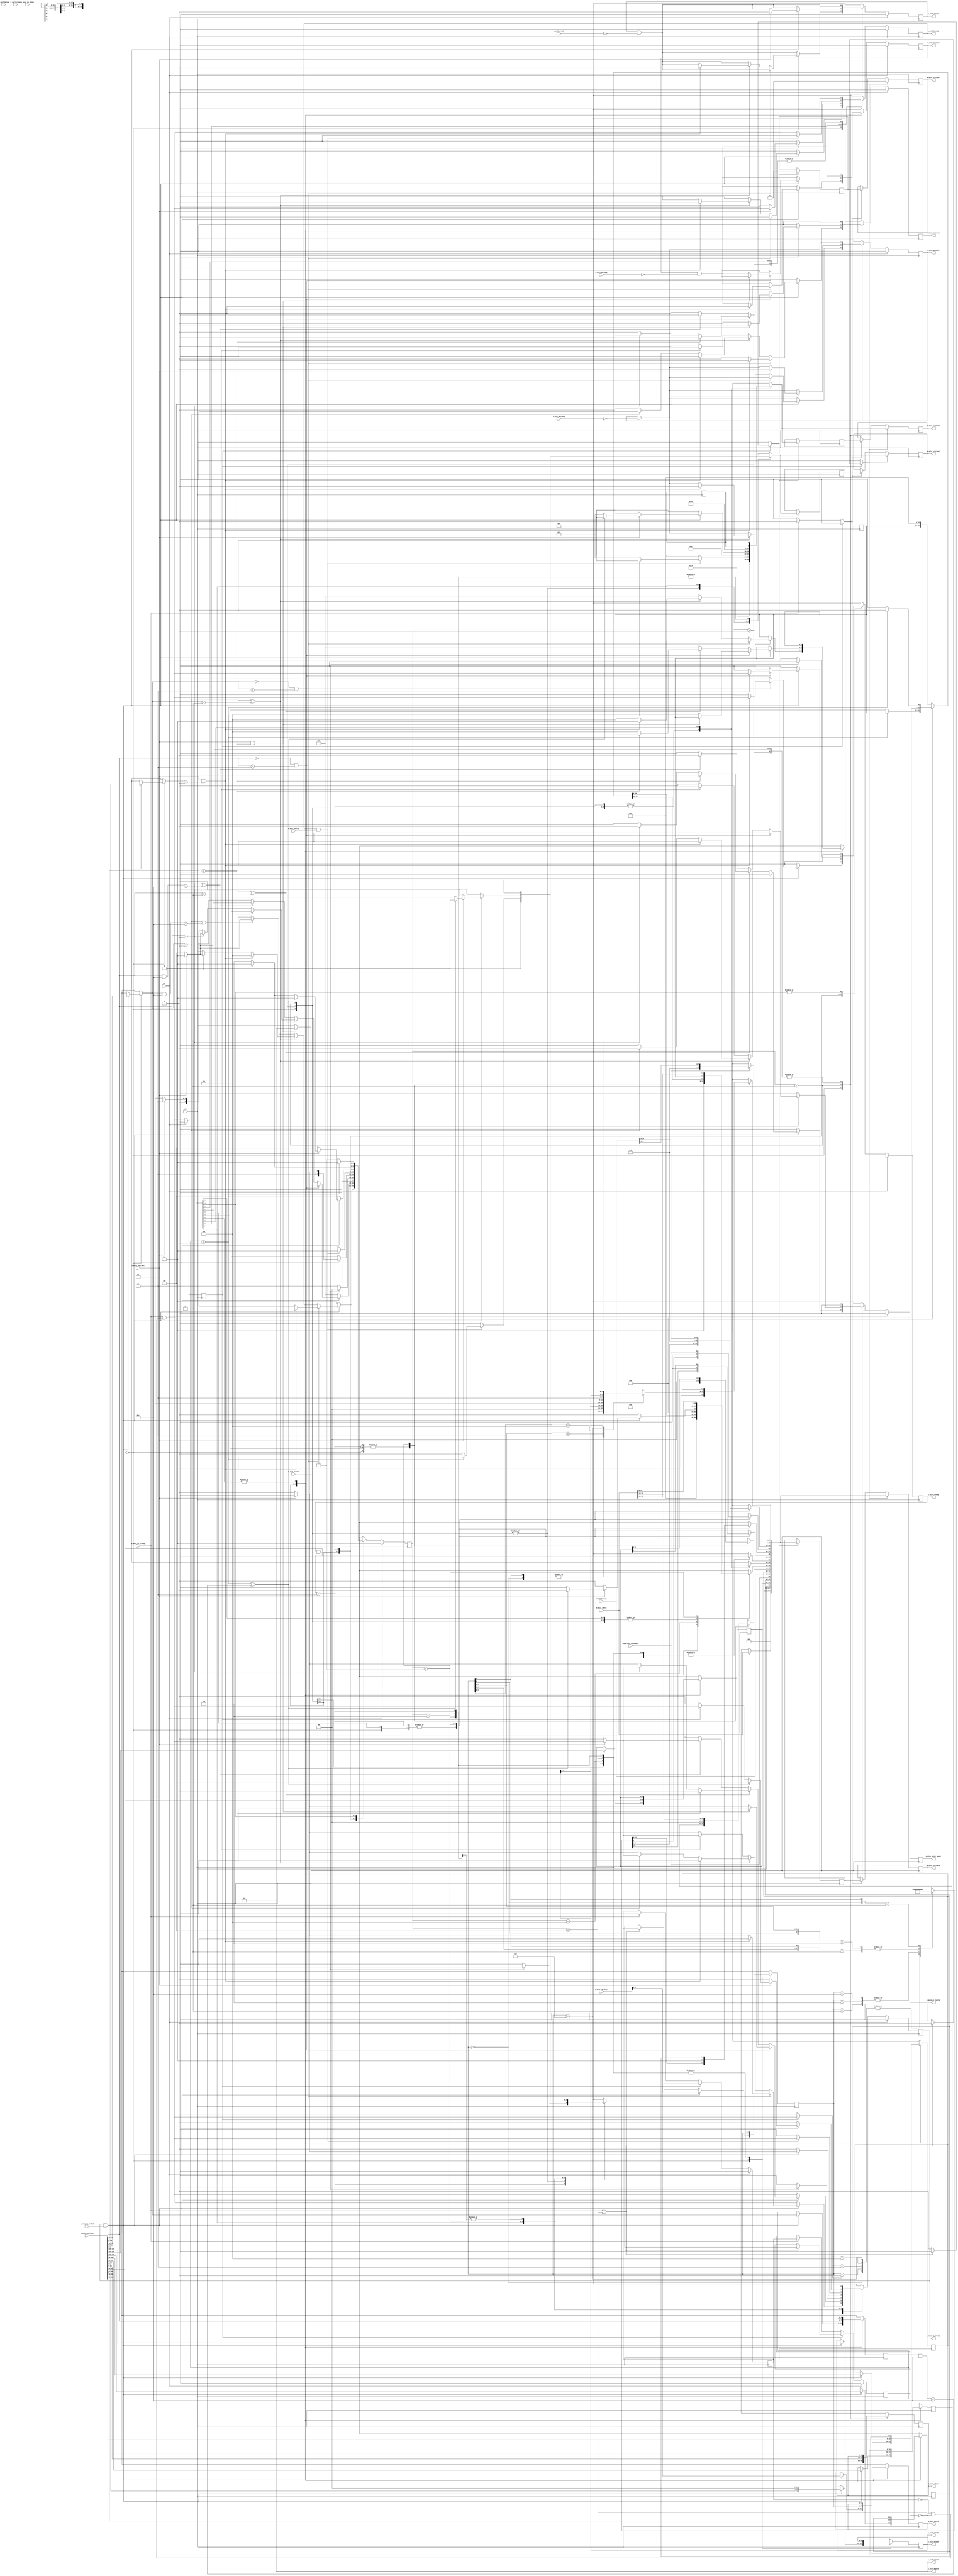
// This program was cloned from: https://github.com/ucsdsysnet/Rosebud
// License: MIT License

/*

Copyright (c) 2018 Alex Forencich

Permission is hereby granted, free of charge, to any person obtaining a copy
of this software and associated documentation files (the "Software"), to deal
in the Software without restriction, including without limitation the rights
to use, copy, modify, merge, publish, distribute, sublicense, and/or sell
copies of the Software, and to permit persons to whom the Software is
furnished to do so, subject to the following conditions:

The above copyright notice and this permission notice shall be included in
all copies or substantial portions of the Software.

THE SOFTWARE IS PROVIDED "AS IS", WITHOUT WARRANTY OF ANY KIND, EXPRESS OR
IMPLIED, INCLUDING BUT NOT LIMITED TO THE WARRANTIES OF MERCHANTABILITY
FITNESS FOR A PARTICULAR PURPOSE AND NONINFRINGEMENT. IN NO EVENT SHALL THE
AUTHORS OR COPYRIGHT HOLDERS BE LIABLE FOR ANY CLAIM, DAMAGES OR OTHER
LIABILITY, WHETHER IN AN ACTION OF CONTRACT, TORT OR OTHERWISE, ARISING FROM,
OUT OF OR IN CONNECTION WITH THE SOFTWARE OR THE USE OR OTHER DEALINGS IN
THE SOFTWARE.

*/

// Language: Verilog 2001

`resetall
`timescale 1ns / 1ps
`default_nettype none

/*
 * Ultrascale PCIe AXI Lite Master
 */
module pcie_us_axil_master #
(
    // Width of PCIe AXI stream interfaces in bits
    parameter AXIS_PCIE_DATA_WIDTH = 256,
    // PCIe AXI stream tkeep signal width (words per cycle)
    parameter AXIS_PCIE_KEEP_WIDTH = (AXIS_PCIE_DATA_WIDTH/32),
    // PCIe AXI stream CQ tuser signal width
    parameter AXIS_PCIE_CQ_USER_WIDTH = AXIS_PCIE_DATA_WIDTH < 512 ? 85 : 183,
    // PCIe AXI stream CC tuser signal width
    parameter AXIS_PCIE_CC_USER_WIDTH = AXIS_PCIE_DATA_WIDTH < 512 ? 33 : 81,
    // Width of AXI lite data bus in bits
    parameter AXI_DATA_WIDTH = 32,
    // Width of AXI lite address bus in bits
    parameter AXI_ADDR_WIDTH = 64,
    // Width of AXI lite wstrb (width of data bus in words)
    parameter AXI_STRB_WIDTH = (AXI_DATA_WIDTH/8),
    // Enable parity
    parameter ENABLE_PARITY = 0
)
(
    input  wire                               clk,
    input  wire                               rst,

    /*
     * AXI input (CQ)
     */
    input  wire [AXIS_PCIE_DATA_WIDTH-1:0]    s_axis_cq_tdata,
    input  wire [AXIS_PCIE_KEEP_WIDTH-1:0]    s_axis_cq_tkeep,
    input  wire                               s_axis_cq_tvalid,
    output wire                               s_axis_cq_tready,
    input  wire                               s_axis_cq_tlast,
    input  wire [AXIS_PCIE_CQ_USER_WIDTH-1:0] s_axis_cq_tuser,

    /*
     * AXI output (CC)
     */
    output wire [AXIS_PCIE_DATA_WIDTH-1:0]    m_axis_cc_tdata,
    output wire [AXIS_PCIE_KEEP_WIDTH-1:0]    m_axis_cc_tkeep,
    output wire                               m_axis_cc_tvalid,
    input  wire                               m_axis_cc_tready,
    output wire                               m_axis_cc_tlast,
    output wire [AXIS_PCIE_CC_USER_WIDTH-1:0] m_axis_cc_tuser,

    /*
     * AXI Lite Master output
     */
    output wire [AXI_ADDR_WIDTH-1:0]          m_axil_awaddr,
    output wire [2:0]                         m_axil_awprot,
    output wire                               m_axil_awvalid,
    input  wire                               m_axil_awready,
    output wire [AXI_DATA_WIDTH-1:0]          m_axil_wdata,
    output wire [AXI_STRB_WIDTH-1:0]          m_axil_wstrb,
    output wire                               m_axil_wvalid,
    input  wire                               m_axil_wready,
    input  wire [1:0]                         m_axil_bresp,
    input  wire                               m_axil_bvalid,
    output wire                               m_axil_bready,
    output wire [AXI_ADDR_WIDTH-1:0]          m_axil_araddr,
    output wire [2:0]                         m_axil_arprot,
    output wire                               m_axil_arvalid,
    input  wire                               m_axil_arready,
    input  wire [AXI_DATA_WIDTH-1:0]          m_axil_rdata,
    input  wire [1:0]                         m_axil_rresp,
    input  wire                               m_axil_rvalid,
    output wire                               m_axil_rready,

    /*
     * Configuration
     */
    input  wire [15:0]                        completer_id,
    input  wire                               completer_id_enable,

    /*
     * Status
     */
    output wire                               status_error_cor,
    output wire                               status_error_uncor
);

// bus width assertions
initial begin
    if (AXIS_PCIE_DATA_WIDTH != 64 && AXIS_PCIE_DATA_WIDTH != 128 && AXIS_PCIE_DATA_WIDTH != 256 && AXIS_PCIE_DATA_WIDTH != 512) begin
        $error("Error: PCIe interface width must be 64, 128, 256, or 512 (instance %m)");
        $finish;
    end

    if (AXIS_PCIE_KEEP_WIDTH * 32 != AXIS_PCIE_DATA_WIDTH) begin
        $error("Error: PCIe interface requires dword (32-bit) granularity (instance %m)");
        $finish;
    end

    if (AXIS_PCIE_DATA_WIDTH == 512) begin
        if (AXIS_PCIE_CQ_USER_WIDTH != 183) begin
            $error("Error: PCIe CQ tuser width must be 183 (instance %m)");
            $finish;
        end

        if (AXIS_PCIE_CC_USER_WIDTH != 81) begin
            $error("Error: PCIe CC tuser width must be 81 (instance %m)");
            $finish;
        end
    end else begin
        if (AXIS_PCIE_CQ_USER_WIDTH != 85 && AXIS_PCIE_CQ_USER_WIDTH != 88) begin
            $error("Error: PCIe CQ tuser width must be 85 or 88 (instance %m)");
            $finish;
        end

        if (AXIS_PCIE_CC_USER_WIDTH != 33) begin
            $error("Error: PCIe CC tuser width must be 33 (instance %m)");
            $finish;
        end
    end

    if (AXI_DATA_WIDTH != 32) begin
        $error("Error: AXI interface width must be 32 (instance %m)");
        $finish;
    end

    if (AXI_STRB_WIDTH * 8 != AXI_DATA_WIDTH) begin
        $error("Error: AXI interface requires byte (8-bit) granularity (instance %m)");
        $finish;
    end
end

localparam [3:0]
    REQ_MEM_READ = 4'b0000,
    REQ_MEM_WRITE = 4'b0001,
    REQ_IO_READ = 4'b0010,
    REQ_IO_WRITE = 4'b0011,
    REQ_MEM_FETCH_ADD = 4'b0100,
    REQ_MEM_SWAP = 4'b0101,
    REQ_MEM_CAS = 4'b0110,
    REQ_MEM_READ_LOCKED = 4'b0111,
    REQ_CFG_READ_0 = 4'b1000,
    REQ_CFG_READ_1 = 4'b1001,
    REQ_CFG_WRITE_0 = 4'b1010,
    REQ_CFG_WRITE_1 = 4'b1011,
    REQ_MSG = 4'b1100,
    REQ_MSG_VENDOR = 4'b1101,
    REQ_MSG_ATS = 4'b1110;

localparam [2:0]
    CPL_STATUS_SC  = 3'b000, // successful completion
    CPL_STATUS_UR  = 3'b001, // unsupported request
    CPL_STATUS_CRS = 3'b010, // configuration request retry status
    CPL_STATUS_CA  = 3'b100; // completer abort

localparam [2:0]
    STATE_IDLE = 3'd0,
    STATE_HEADER = 3'd1,
    STATE_READ = 3'd2,
    STATE_WRITE_1 = 3'd3,
    STATE_WRITE_2 = 3'd4,
    STATE_WAIT_END = 3'd5,
    STATE_CPL_1 = 3'd6,
    STATE_CPL_2 = 3'd7;

reg [2:0] state_reg = STATE_IDLE, state_next;

reg [10:0] dword_count_reg = 11'd0, dword_count_next;
reg [3:0] type_reg = 4'd0, type_next;
reg [2:0] status_reg = 3'b000, status_next;
reg [15:0] requester_id_reg = 16'd0, requester_id_next;
reg [7:0] tag_reg = 7'd0, tag_next;
reg [2:0] tc_reg = 3'd0, tc_next;
reg [2:0] attr_reg = 3'd0, attr_next;
reg [3:0] first_be_reg = 4'd0, first_be_next;
reg [3:0] last_be_reg = 4'd0, last_be_next;
reg cpl_data_reg = 1'b0, cpl_data_next;

reg s_axis_cq_tready_reg = 1'b0, s_axis_cq_tready_next;

reg [AXI_ADDR_WIDTH-1:0] m_axil_addr_reg = {AXI_ADDR_WIDTH{1'b0}}, m_axil_addr_next;
reg m_axil_awvalid_reg = 1'b0, m_axil_awvalid_next;
reg [AXI_DATA_WIDTH-1:0] m_axil_wdata_reg = {AXI_DATA_WIDTH{1'b0}}, m_axil_wdata_next;
reg [AXI_STRB_WIDTH-1:0] m_axil_wstrb_reg = {AXI_STRB_WIDTH{1'b0}}, m_axil_wstrb_next;
reg m_axil_wvalid_reg = 1'b0, m_axil_wvalid_next;
reg m_axil_bready_reg = 1'b0, m_axil_bready_next;
reg m_axil_arvalid_reg = 1'b0, m_axil_arvalid_next;
reg m_axil_rready_reg = 1'b0, m_axil_rready_next;

reg status_error_cor_reg = 1'b0, status_error_cor_next;
reg status_error_uncor_reg = 1'b0, status_error_uncor_next;

// internal datapath
reg  [AXIS_PCIE_DATA_WIDTH-1:0]    m_axis_cc_tdata_int;
reg  [AXIS_PCIE_KEEP_WIDTH-1:0]    m_axis_cc_tkeep_int;
reg                                m_axis_cc_tvalid_int;
reg                                m_axis_cc_tready_int_reg = 1'b0;
reg                                m_axis_cc_tlast_int;
reg  [AXIS_PCIE_CC_USER_WIDTH-1:0] m_axis_cc_tuser_int;
wire                               m_axis_cc_tready_int_early;

assign s_axis_cq_tready = s_axis_cq_tready_reg;

assign m_axil_awaddr = m_axil_addr_reg;
assign m_axil_awprot = 3'b010;
assign m_axil_awvalid = m_axil_awvalid_reg;
assign m_axil_wdata = m_axil_wdata_reg;
assign m_axil_wstrb = m_axil_wstrb_reg;
assign m_axil_wvalid = m_axil_wvalid_reg;
assign m_axil_bready = m_axil_bready_reg;
assign m_axil_araddr = m_axil_addr_reg;
assign m_axil_arprot = 3'b010;
assign m_axil_arvalid = m_axil_arvalid_reg;
assign m_axil_rready = m_axil_rready_reg;

assign status_error_cor = status_error_cor_reg;
assign status_error_uncor = status_error_uncor_reg;

always @* begin
    state_next = STATE_IDLE;

    s_axis_cq_tready_next = 1'b0;

    dword_count_next = dword_count_reg;
    type_next = type_reg;
    status_next = status_reg;
    requester_id_next = requester_id_reg;
    tag_next = tag_reg;
    tc_next = tc_reg;
    attr_next = attr_reg;
    first_be_next = first_be_reg;
    last_be_next = last_be_reg;
    cpl_data_next = cpl_data_reg;

    m_axis_cc_tdata_int = {AXIS_PCIE_DATA_WIDTH{1'b0}};
    m_axis_cc_tkeep_int = {AXIS_PCIE_KEEP_WIDTH{1'b0}};
    m_axis_cc_tvalid_int = 1'b0;
    m_axis_cc_tlast_int = 1'b0;
    m_axis_cc_tuser_int = {AXIS_PCIE_CC_USER_WIDTH{1'b0}};

    casez (first_be_reg)
        4'b0000: m_axis_cc_tdata_int[6:0] = {m_axil_addr_reg[6:2], 2'b00}; // lower address
        4'bzzz1: m_axis_cc_tdata_int[6:0] = {m_axil_addr_reg[6:2], 2'b00}; // lower address
        4'bzz10: m_axis_cc_tdata_int[6:0] = {m_axil_addr_reg[6:2], 2'b01}; // lower address
        4'bz100: m_axis_cc_tdata_int[6:0] = {m_axil_addr_reg[6:2], 2'b10}; // lower address
        4'b1000: m_axis_cc_tdata_int[6:0] = {m_axil_addr_reg[6:2], 2'b11}; // lower address
    endcase
    m_axis_cc_tdata_int[9:8] = 2'b00; // AT
    casez (first_be_reg)
        4'b0000: m_axis_cc_tdata_int[28:16] = 13'd1; // Byte count
        4'b0001: m_axis_cc_tdata_int[28:16] = 13'd1; // Byte count
        4'b0010: m_axis_cc_tdata_int[28:16] = 13'd1; // Byte count
        4'b0100: m_axis_cc_tdata_int[28:16] = 13'd1; // Byte count
        4'b1000: m_axis_cc_tdata_int[28:16] = 13'd1; // Byte count
        4'b0011: m_axis_cc_tdata_int[28:16] = 13'd2; // Byte count
        4'b0110: m_axis_cc_tdata_int[28:16] = 13'd2; // Byte count
        4'b1100: m_axis_cc_tdata_int[28:16] = 13'd2; // Byte count
        4'b01z1: m_axis_cc_tdata_int[28:16] = 13'd3; // Byte count
        4'b1z10: m_axis_cc_tdata_int[28:16] = 13'd3; // Byte count
        4'b1zz1: m_axis_cc_tdata_int[28:16] = 13'd4; // Byte count
    endcase
    m_axis_cc_tdata_int[42:32] = 11'd1; // DWORD count
    m_axis_cc_tdata_int[45:43] = status_reg;
    m_axis_cc_tdata_int[63:48] = requester_id_reg;
    if (AXIS_PCIE_DATA_WIDTH > 64) begin
        m_axis_cc_tdata_int[71:64] = tag_reg;
        m_axis_cc_tdata_int[87:72] = completer_id;
        m_axis_cc_tdata_int[88] = completer_id_enable;
        m_axis_cc_tdata_int[91:89] = tc_reg;
        m_axis_cc_tdata_int[94:92] = attr_reg;
        m_axis_cc_tdata_int[95] = 1'b0; // force ECRC
        m_axis_cc_tdata_int[127:96] = m_axil_rdata;
    end

    if (AXIS_PCIE_DATA_WIDTH == 512) begin
        m_axis_cc_tuser_int[1:0] = 2'b01; // is_sop
        m_axis_cc_tuser_int[3:2] = 2'd0; // is_sop0_ptr
        m_axis_cc_tuser_int[5:4] = 2'd0; // is_sop1_ptr
        m_axis_cc_tuser_int[7:6] = 2'b01; // is_eop
        m_axis_cc_tuser_int[11:8]  = 4'd3; // is_eop0_ptr
        m_axis_cc_tuser_int[15:12] = 4'd0; // is_eop1_ptr
        m_axis_cc_tuser_int[16] = 1'b0; // discontinue
        m_axis_cc_tuser_int[80:17] = 64'd0; // parity
    end else begin
        m_axis_cc_tuser_int[0] = 1'b0; // discontinue
        m_axis_cc_tuser_int[32:1] = 32'd0; // parity
    end

    if (AXIS_PCIE_DATA_WIDTH == 512) begin
        m_axis_cc_tkeep_int = 16'b0000000000001111;
    end else if (AXIS_PCIE_DATA_WIDTH == 256) begin
        m_axis_cc_tkeep_int = 8'b00001111;
    end else if (AXIS_PCIE_DATA_WIDTH == 128) begin
        m_axis_cc_tkeep_int = 4'b1111;
    end else if (AXIS_PCIE_DATA_WIDTH == 64) begin
        m_axis_cc_tkeep_int = 2'b11;
    end

    m_axil_addr_next = m_axil_addr_reg;
    m_axil_awvalid_next = m_axil_awvalid_reg && !m_axil_awready;
    m_axil_wdata_next = m_axil_wdata_reg;
    m_axil_wstrb_next = m_axil_wstrb_reg;
    m_axil_wvalid_next = m_axil_wvalid_reg && !m_axil_wready;
    m_axil_bready_next = 1'b0;
    m_axil_arvalid_next = m_axil_arvalid_reg && !m_axil_arready;
    m_axil_rready_next = 1'b0;

    status_error_cor_next = 1'b0;
    status_error_uncor_next = 1'b0;

    case (state_reg)
        STATE_IDLE: begin
            // idle state, wait for completion request
            s_axis_cq_tready_next = m_axis_cc_tready_int_early;

            if (s_axis_cq_tready && s_axis_cq_tvalid) begin
                // header fields
                m_axil_addr_next = {s_axis_cq_tdata[63:2], 2'b00};
                if (AXIS_PCIE_DATA_WIDTH > 64) begin
                    dword_count_next = s_axis_cq_tdata[74:64];
                    type_next = s_axis_cq_tdata[78:75];
                    requester_id_next = s_axis_cq_tdata[95:80];
                    tag_next = s_axis_cq_tdata[103:96];
                    tc_next = s_axis_cq_tdata[123:121];
                    attr_next = s_axis_cq_tdata[126:124];

                    // data
                    if (AXIS_PCIE_DATA_WIDTH >= 256) begin
                        m_axil_wdata_next = s_axis_cq_tdata[159:128];
                    end
                end

                // tuser fields
                if (AXIS_PCIE_DATA_WIDTH == 512) begin
                    first_be_next = s_axis_cq_tuser[3:0];
                    last_be_next = s_axis_cq_tuser[11:8];
                end else begin
                    first_be_next = s_axis_cq_tuser[3:0];
                    last_be_next = s_axis_cq_tuser[7:4];
                end

                m_axil_wstrb_next = first_be_next;

                status_next = CPL_STATUS_SC; // successful completion

                if (AXIS_PCIE_DATA_WIDTH == 64) begin
                    if (s_axis_cq_tlast) begin
                        // truncated packet
                        // report uncorrectable error
                        status_error_uncor_next = 1'b1;
                        state_next = STATE_IDLE;
                    end else begin
                        state_next = STATE_HEADER;
                    end
                end else begin
                    if (type_next == REQ_MEM_READ || type_next == REQ_IO_READ) begin
                        // read request
                        if (s_axis_cq_tlast && dword_count_next == 11'd1) begin
                            m_axil_arvalid_next = 1'b1;
                            m_axil_rready_next = m_axis_cc_tready_int_early;
                            s_axis_cq_tready_next = 1'b0;
                            state_next = STATE_READ;
                        end else begin
                            // bad length
                            status_next = CPL_STATUS_CA; // completer abort
                            // report correctable error
                            status_error_cor_next = 1'b1;
                            if (s_axis_cq_tlast) begin
                                s_axis_cq_tready_next = 1'b0;
                                state_next = STATE_CPL_1;
                            end else begin
                                s_axis_cq_tready_next = 1'b1;
                                state_next = STATE_WAIT_END;
                            end
                        end
                    end else if (type_next == REQ_MEM_WRITE || type_next == REQ_IO_WRITE) begin
                        // write request
                        if (AXIS_PCIE_DATA_WIDTH >= 256 && s_axis_cq_tlast && dword_count_next == 11'd1) begin
                            m_axil_awvalid_next = 1'b1;
                            m_axil_wvalid_next = 1'b1;
                            m_axil_bready_next = 1'b1;
                            s_axis_cq_tready_next = 1'b0;
                            state_next = STATE_WRITE_2;
                        end else if (AXIS_PCIE_DATA_WIDTH < 256 && dword_count_next == 11'd1) begin
                            s_axis_cq_tready_next = 1'b1;
                            state_next = STATE_WRITE_1;
                        end else begin
                            // bad length
                            status_next = CPL_STATUS_CA; // completer abort
                            if (type_next == REQ_MEM_WRITE) begin
                                // memory write - posted, no completion
                                // report uncorrectable error
                                status_error_uncor_next = 1'b1;
                                if (s_axis_cq_tlast) begin
                                    s_axis_cq_tready_next = m_axis_cc_tready_int_early;
                                    state_next = STATE_IDLE;
                                end else begin
                                    s_axis_cq_tready_next = 1'b1;
                                    state_next = STATE_WAIT_END;
                                end
                            end else begin
                                // IO write - non-posted, send completion
                                // report correctable error
                                status_error_cor_next = 1'b1;
                                if (s_axis_cq_tlast) begin
                                    s_axis_cq_tready_next = 1'b0;
                                    state_next = STATE_CPL_1;
                                end else begin
                                    s_axis_cq_tready_next = 1'b1;
                                    state_next = STATE_WAIT_END;
                                end
                            end
                        end
                    end else begin
                        // other request
                        status_next = CPL_STATUS_UR; // unsupported request
                        if (type_next == REQ_MEM_WRITE || (type_next & 4'b1100) == 4'b1100) begin
                            // memory write or message - posted, no completion
                            // report uncorrectable error
                            status_error_uncor_next = 1'b1;
                            if (s_axis_cq_tlast) begin
                                s_axis_cq_tready_next = m_axis_cc_tready_int_early;
                                state_next = STATE_IDLE;
                            end else begin
                                s_axis_cq_tready_next = 1'b1;
                                state_next = STATE_WAIT_END;
                            end
                        end else begin
                            // other non-posted request, send UR completion
                            // report correctable error
                            status_error_cor_next = 1'b1;
                            if (s_axis_cq_tlast) begin
                                s_axis_cq_tready_next = 1'b0;
                                state_next = STATE_CPL_1;
                            end else begin
                                s_axis_cq_tready_next = 1'b1;
                                state_next = STATE_WAIT_END;
                            end
                        end
                    end
                end
            end else begin
                state_next = STATE_IDLE;
            end
        end
        STATE_HEADER: begin
            // header state, handle header (64 bit interface only)
            s_axis_cq_tready_next = m_axis_cc_tready_int_early;

            // header fields
            dword_count_next = s_axis_cq_tdata[10:0];
            type_next = s_axis_cq_tdata[14:11];
            requester_id_next = s_axis_cq_tdata[31:16];
            tag_next = s_axis_cq_tdata[39:32];
            tc_next = s_axis_cq_tdata[59:57];
            attr_next = s_axis_cq_tdata[62:60];

            // data
            m_axil_wstrb_next = first_be_reg;

            if (s_axis_cq_tready && s_axis_cq_tvalid) begin
                if (type_next == REQ_MEM_READ || type_next == REQ_IO_READ) begin
                    // read request
                    if (s_axis_cq_tlast && dword_count_next == 11'd1) begin
                        m_axil_arvalid_next = 1'b1;
                        m_axil_rready_next = m_axis_cc_tready_int_early;
                        s_axis_cq_tready_next = 1'b0;
                        state_next = STATE_READ;
                    end else begin
                        // bad length
                        status_next = CPL_STATUS_CA; // completer abort
                        // report correctable error
                        status_error_cor_next = 1'b1;
                        if (s_axis_cq_tlast) begin
                            s_axis_cq_tready_next = 1'b0;
                            state_next = STATE_CPL_1;
                        end else begin
                            s_axis_cq_tready_next = 1'b1;
                            state_next = STATE_WAIT_END;
                        end
                    end
                end else if (type_next == REQ_MEM_WRITE || type_next == REQ_IO_WRITE) begin
                    // write request
                    if (dword_count_next == 11'd1) begin
                        s_axis_cq_tready_next = 1'b1;
                        state_next = STATE_WRITE_1;
                    end else begin
                        // bad length
                        status_next = CPL_STATUS_CA; // completer abort
                        if (type_next == REQ_MEM_WRITE) begin
                            // memory write - posted, no completion
                            // report uncorrectable error
                            status_error_uncor_next = 1'b1;
                            if (s_axis_cq_tlast) begin
                                s_axis_cq_tready_next = m_axis_cc_tready_int_early;
                                state_next = STATE_IDLE;
                            end else begin
                                s_axis_cq_tready_next = 1'b1;
                                state_next = STATE_WAIT_END;
                            end
                        end else begin
                            // other non-posted request, send UR completion
                            // report correctable error
                            status_error_cor_next = 1'b1;
                            if (s_axis_cq_tlast) begin
                                s_axis_cq_tready_next = 1'b0;
                                state_next = STATE_CPL_1;
                            end else begin
                                s_axis_cq_tready_next = 1'b1;
                                state_next = STATE_WAIT_END;
                            end
                        end
                    end
                end else begin
                    // other request
                    status_next = CPL_STATUS_UR; // unsupported request
                    if (type_next == REQ_MEM_WRITE || (type_next & 4'b1100) == 4'b1100) begin
                        // memory write or message - posted, no completion
                        // report uncorrectable error
                        status_error_uncor_next = 1'b1;
                        if (s_axis_cq_tlast) begin
                            s_axis_cq_tready_next = m_axis_cc_tready_int_early;
                            state_next = STATE_IDLE;
                        end else begin
                            s_axis_cq_tready_next = 1'b1;
                            state_next = STATE_WAIT_END;
                        end
                    end else begin
                        // other non-posted request, send UR completion
                        // report correctable error
                        status_error_cor_next = 1'b1;
                        if (s_axis_cq_tlast) begin
                            s_axis_cq_tready_next = 1'b0;
                            state_next = STATE_CPL_1;
                        end else begin
                            s_axis_cq_tready_next = 1'b1;
                            state_next = STATE_WAIT_END;
                        end
                    end
                end
            end else begin
                state_next = STATE_HEADER;
            end
        end
        STATE_READ: begin
            // read state, wait for read response
            m_axil_rready_next = m_axis_cc_tready_int_early;

            m_axis_cc_tdata_int[42:32] = 11'd1; // DWORD count
            m_axis_cc_tdata_int[45:43] = CPL_STATUS_SC; // status: successful completion
            m_axis_cc_tdata_int[127:96] = m_axil_rdata;

            if (AXIS_PCIE_DATA_WIDTH == 512) begin
                m_axis_cc_tuser_int[7:6] = 2'b01; // is_eop
                m_axis_cc_tuser_int[11:8]  = 4'd3; // is_eop0_ptr
                m_axis_cc_tuser_int[15:12] = 4'd0; // is_eop1_ptr
            end

            if (AXIS_PCIE_DATA_WIDTH == 512) begin
                m_axis_cc_tkeep_int = 16'b0000000000001111;
                m_axis_cc_tlast_int = 1'b1;
            end else if (AXIS_PCIE_DATA_WIDTH == 256) begin
                m_axis_cc_tkeep_int = 8'b00001111;
                m_axis_cc_tlast_int = 1'b1;
            end else if (AXIS_PCIE_DATA_WIDTH == 128) begin
                m_axis_cc_tkeep_int = 4'b1111;
                m_axis_cc_tlast_int = 1'b1;
            end else if (AXIS_PCIE_DATA_WIDTH == 64) begin
                m_axis_cc_tkeep_int = 2'b11;
                m_axis_cc_tlast_int = 1'b0;
            end

            if (m_axil_rready && m_axil_rvalid) begin
                // send completion
                m_axis_cc_tvalid_int = 1'b1;

                m_axil_rready_next = 1'b0;
                if (AXIS_PCIE_DATA_WIDTH == 64) begin
                    cpl_data_next = 1'b1;
                    state_next = STATE_CPL_2;
                end else begin
                    s_axis_cq_tready_next = m_axis_cc_tready_int_early;
                    state_next = STATE_IDLE;
                end
            end else begin
                state_next = STATE_READ;
            end
        end
        STATE_WRITE_1: begin
            // write 1 state, store write data and initiate write
            s_axis_cq_tready_next = 1'b1;

            // data
            m_axil_wdata_next = s_axis_cq_tdata[31:0];

            if (s_axis_cq_tready && s_axis_cq_tvalid) begin
                if (s_axis_cq_tlast) begin
                    m_axil_awvalid_next = 1'b1;
                    m_axil_wvalid_next = 1'b1;
                    m_axil_bready_next = m_axis_cc_tready_int_early;
                    s_axis_cq_tready_next = 1'b0;
                    state_next = STATE_WRITE_2;
                end else begin
                    s_axis_cq_tready_next = 1'b1;
                    state_next = STATE_WAIT_END;
                end
            end else begin
                state_next = STATE_WRITE_1;
            end
        end
        STATE_WRITE_2: begin
            // write 2 state, handle write response
            m_axil_bready_next = m_axis_cc_tready_int_early;

            if (m_axil_bready && m_axil_bvalid) begin
                m_axil_bready_next = 1'b0;
                if (type_reg == REQ_MEM_WRITE) begin
                    // memory write - posted, no completion
                    s_axis_cq_tready_next = m_axis_cc_tready_int_early;
                    state_next = STATE_IDLE;
                end else begin
                    // IO write - non-posted, send completion
                    m_axis_cc_tvalid_int = 1'b1;
                    m_axis_cc_tdata_int[42:32] = 11'd0; // DWORD count
                    m_axis_cc_tdata_int[45:43] = CPL_STATUS_SC; // status: successful completion

                    if (AXIS_PCIE_DATA_WIDTH == 512) begin
                        m_axis_cc_tuser_int[7:6] = 2'b01; // is_eop
                        m_axis_cc_tuser_int[11:8]  = 4'd2; // is_eop0_ptr
                        m_axis_cc_tuser_int[15:12] = 4'd0; // is_eop1_ptr
                    end

                    if (AXIS_PCIE_DATA_WIDTH == 512) begin
                        m_axis_cc_tkeep_int = 16'b0000000000000111;
                        m_axis_cc_tlast_int = 1'b1;
                    end else if (AXIS_PCIE_DATA_WIDTH == 256) begin
                        m_axis_cc_tkeep_int = 8'b00000111;
                        m_axis_cc_tlast_int = 1'b1;
                    end else if (AXIS_PCIE_DATA_WIDTH == 128) begin
                        m_axis_cc_tkeep_int = 4'b0111;
                        m_axis_cc_tlast_int = 1'b1;
                    end else if (AXIS_PCIE_DATA_WIDTH == 64) begin
                        m_axis_cc_tkeep_int = 2'b11;
                        m_axis_cc_tlast_int = 1'b0;
                    end

                    if (AXIS_PCIE_DATA_WIDTH == 64) begin
                        cpl_data_next = 1'b0;
                        state_next = STATE_CPL_2;
                    end else begin
                        s_axis_cq_tready_next = m_axis_cc_tready_int_early;
                        state_next = STATE_IDLE;
                    end
                end
            end else begin
                state_next = STATE_WRITE_2;
            end
        end
        STATE_WAIT_END: begin
            // wait end state, wait for end of completion request
            s_axis_cq_tready_next = 1'b1;

            if (s_axis_cq_tready && s_axis_cq_tvalid) begin
                if (s_axis_cq_tlast) begin
                    // completion
                    if (type_reg == REQ_MEM_WRITE || (type_reg & 4'b1100) == 4'b1100) begin
                        // memory write or message - posted, no completion
                        s_axis_cq_tready_next = m_axis_cc_tready_int_early;
                        state_next = STATE_IDLE;
                    end else begin
                        // IO write - non-posted, send completion
                        m_axis_cc_tvalid_int = 1'b1;
                        m_axis_cc_tdata_int[42:32] = 11'd0; // DWORD count

                        if (AXIS_PCIE_DATA_WIDTH == 512) begin
                            m_axis_cc_tuser_int[7:6] = 2'b01; // is_eop
                            m_axis_cc_tuser_int[11:8]  = 4'd2; // is_eop0_ptr
                            m_axis_cc_tuser_int[15:12] = 4'd0; // is_eop1_ptr
                        end

                        if (AXIS_PCIE_DATA_WIDTH == 512) begin
                            m_axis_cc_tkeep_int = 16'b0000000000000111;
                            m_axis_cc_tlast_int = 1'b1;
                        end else if (AXIS_PCIE_DATA_WIDTH == 256) begin
                            m_axis_cc_tkeep_int = 8'b00000111;
                            m_axis_cc_tlast_int = 1'b1;
                        end else if (AXIS_PCIE_DATA_WIDTH == 128) begin
                            m_axis_cc_tkeep_int = 4'b0111;
                            m_axis_cc_tlast_int = 1'b1;
                        end else if (AXIS_PCIE_DATA_WIDTH == 64) begin
                            m_axis_cc_tkeep_int = 2'b11;
                            m_axis_cc_tlast_int = 1'b0;
                        end

                        if (m_axis_cc_tready_int_reg) begin
                            if (AXIS_PCIE_DATA_WIDTH == 64) begin
                                cpl_data_next = 1'b0;
                                state_next = STATE_CPL_2;
                            end else begin
                                s_axis_cq_tready_next = m_axis_cc_tready_int_early;
                                state_next = STATE_IDLE;
                            end
                        end else begin
                            state_next = STATE_CPL_1;
                        end
                    end
                end else begin
                    state_next = STATE_WAIT_END;
                end
            end else begin
                state_next = STATE_WAIT_END;
            end
        end
        STATE_CPL_1: begin
            // send completion
            m_axis_cc_tvalid_int = 1'b1;
            m_axis_cc_tdata_int[28:16] = 13'd0; // byte count
            m_axis_cc_tdata_int[42:32] = 11'd0; // DWORD count
            m_axis_cc_tdata_int[45:43] = status_reg;

            if (AXIS_PCIE_DATA_WIDTH == 512) begin
                m_axis_cc_tuser_int[7:6] = 2'b01; // is_eop
                m_axis_cc_tuser_int[11:8]  = 4'd2; // is_eop0_ptr
                m_axis_cc_tuser_int[15:12] = 4'd0; // is_eop1_ptr
            end

            if (AXIS_PCIE_DATA_WIDTH == 512) begin
                m_axis_cc_tkeep_int = 16'b0000000000000111;
                m_axis_cc_tlast_int = 1'b1;
            end else if (AXIS_PCIE_DATA_WIDTH == 256) begin
                m_axis_cc_tkeep_int = 8'b00000111;
                m_axis_cc_tlast_int = 1'b1;
            end else if (AXIS_PCIE_DATA_WIDTH == 128) begin
                m_axis_cc_tkeep_int = 4'b0111;
                m_axis_cc_tlast_int = 1'b1;
            end else if (AXIS_PCIE_DATA_WIDTH == 64) begin
                m_axis_cc_tkeep_int = 2'b11;
                m_axis_cc_tlast_int = 1'b0;
            end

            if (m_axis_cc_tready_int_reg) begin
                if (AXIS_PCIE_DATA_WIDTH == 64) begin
                    cpl_data_next = 1'b0;
                    state_next = STATE_CPL_2;
                end else begin
                    s_axis_cq_tready_next = m_axis_cc_tready_int_early;
                    state_next = STATE_IDLE;
                end
            end else begin
                state_next = STATE_CPL_1;
            end
        end
        STATE_CPL_2: begin
            // send rest of completion
            m_axis_cc_tvalid_int = 1'b1;
            m_axis_cc_tdata_int[7:0] = tag_reg;
            m_axis_cc_tdata_int[23:8] = completer_id;
            m_axis_cc_tdata_int[24] = completer_id_enable;
            m_axis_cc_tdata_int[27:25] = tc_reg;
            m_axis_cc_tdata_int[30:28] = attr_reg;
            m_axis_cc_tdata_int[31] = 1'b0; // force ECRC
            m_axis_cc_tdata_int[63:32] = m_axil_rdata;
            m_axis_cc_tkeep_int = {cpl_data_reg, 1'b1};
            m_axis_cc_tlast_int = 1'b1;

            if (m_axis_cc_tready_int_reg) begin
                s_axis_cq_tready_next = m_axis_cc_tready_int_early;
                state_next = STATE_IDLE;
            end else begin
                state_next = STATE_CPL_2;
            end
        end
    endcase
end

always @(posedge clk) begin
    if (rst) begin
        state_reg <= STATE_IDLE;
        s_axis_cq_tready_reg <= 1'b0;

        m_axil_awvalid_reg <= 1'b0;
        m_axil_wvalid_reg <= 1'b0;
        m_axil_bready_reg <= 1'b0;
        m_axil_arvalid_reg <= 1'b0;
        m_axil_rready_reg <= 1'b0;

        status_error_cor_reg <= 1'b0;
        status_error_uncor_reg <= 1'b0;
    end else begin
        state_reg <= state_next;
        s_axis_cq_tready_reg <= s_axis_cq_tready_next;

        m_axil_awvalid_reg <= m_axil_awvalid_next;
        m_axil_wvalid_reg <= m_axil_wvalid_next;
        m_axil_bready_reg <= m_axil_bready_next;
        m_axil_arvalid_reg <= m_axil_arvalid_next;
        m_axil_rready_reg <= m_axil_rready_next;

        status_error_cor_reg <= status_error_cor_next;
        status_error_uncor_reg <= status_error_uncor_next;
    end

    dword_count_reg <= dword_count_next;
    type_reg <= type_next;
    tag_reg <= tag_next;
    status_reg <= status_next;
    requester_id_reg <= requester_id_next;
    tc_reg <= tc_next;
    attr_reg <= attr_next;
    first_be_reg <= first_be_next;
    last_be_reg <= last_be_next;
    cpl_data_reg <= cpl_data_next;

    m_axil_addr_reg <= m_axil_addr_next;
    m_axil_wdata_reg <= m_axil_wdata_next;
    m_axil_wstrb_reg <= m_axil_wstrb_next;
end

// output datapath logic
reg [AXIS_PCIE_DATA_WIDTH-1:0]    m_axis_cc_tdata_reg = {AXIS_PCIE_DATA_WIDTH{1'b0}};
reg [AXIS_PCIE_KEEP_WIDTH-1:0]    m_axis_cc_tkeep_reg = {AXIS_PCIE_KEEP_WIDTH{1'b0}};
reg                               m_axis_cc_tvalid_reg = 1'b0, m_axis_cc_tvalid_next;
reg                               m_axis_cc_tlast_reg = 1'b0;
reg [AXIS_PCIE_CC_USER_WIDTH-1:0] m_axis_cc_tuser_reg = {AXIS_PCIE_CC_USER_WIDTH{1'b0}};

reg [AXIS_PCIE_DATA_WIDTH-1:0]    temp_m_axis_cc_tdata_reg = {AXIS_PCIE_DATA_WIDTH{1'b0}};
reg [AXIS_PCIE_KEEP_WIDTH-1:0]    temp_m_axis_cc_tkeep_reg = {AXIS_PCIE_KEEP_WIDTH{1'b0}};
reg                               temp_m_axis_cc_tvalid_reg = 1'b0, temp_m_axis_cc_tvalid_next;
reg                               temp_m_axis_cc_tlast_reg = 1'b0;
reg [AXIS_PCIE_CC_USER_WIDTH-1:0] temp_m_axis_cc_tuser_reg = {AXIS_PCIE_CC_USER_WIDTH{1'b0}};

// datapath control
reg store_axis_int_to_output;
reg store_axis_int_to_temp;
reg store_axis_temp_to_output;

assign m_axis_cc_tdata = m_axis_cc_tdata_reg;
assign m_axis_cc_tkeep = m_axis_cc_tkeep_reg;
assign m_axis_cc_tvalid = m_axis_cc_tvalid_reg;
assign m_axis_cc_tlast = m_axis_cc_tlast_reg;
assign m_axis_cc_tuser = m_axis_cc_tuser_reg;

// enable ready input next cycle if output is ready or if both output registers are empty
assign m_axis_cc_tready_int_early = m_axis_cc_tready || (!temp_m_axis_cc_tvalid_reg && !m_axis_cc_tvalid_reg);

always @* begin
    // transfer sink ready state to source
    m_axis_cc_tvalid_next = m_axis_cc_tvalid_reg;
    temp_m_axis_cc_tvalid_next = temp_m_axis_cc_tvalid_reg;

    store_axis_int_to_output = 1'b0;
    store_axis_int_to_temp = 1'b0;
    store_axis_temp_to_output = 1'b0;
    
    if (m_axis_cc_tready_int_reg) begin
        // input is ready
        if (m_axis_cc_tready || !m_axis_cc_tvalid_reg) begin
            // output is ready or currently not valid, transfer data to output
            m_axis_cc_tvalid_next = m_axis_cc_tvalid_int;
            store_axis_int_to_output = 1'b1;
        end else begin
            // output is not ready, store input in temp
            temp_m_axis_cc_tvalid_next = m_axis_cc_tvalid_int;
            store_axis_int_to_temp = 1'b1;
        end
    end else if (m_axis_cc_tready) begin
        // input is not ready, but output is ready
        m_axis_cc_tvalid_next = temp_m_axis_cc_tvalid_reg;
        temp_m_axis_cc_tvalid_next = 1'b0;
        store_axis_temp_to_output = 1'b1;
    end
end

always @(posedge clk) begin
    m_axis_cc_tvalid_reg <= m_axis_cc_tvalid_next;
    m_axis_cc_tready_int_reg <= m_axis_cc_tready_int_early;
    temp_m_axis_cc_tvalid_reg <= temp_m_axis_cc_tvalid_next;

    // datapath
    if (store_axis_int_to_output) begin
        m_axis_cc_tdata_reg <= m_axis_cc_tdata_int;
        m_axis_cc_tkeep_reg <= m_axis_cc_tkeep_int;
        m_axis_cc_tlast_reg <= m_axis_cc_tlast_int;
        m_axis_cc_tuser_reg <= m_axis_cc_tuser_int;
    end else if (store_axis_temp_to_output) begin
        m_axis_cc_tdata_reg <= temp_m_axis_cc_tdata_reg;
        m_axis_cc_tkeep_reg <= temp_m_axis_cc_tkeep_reg;
        m_axis_cc_tlast_reg <= temp_m_axis_cc_tlast_reg;
        m_axis_cc_tuser_reg <= temp_m_axis_cc_tuser_reg;
    end

    if (store_axis_int_to_temp) begin
        temp_m_axis_cc_tdata_reg <= m_axis_cc_tdata_int;
        temp_m_axis_cc_tkeep_reg <= m_axis_cc_tkeep_int;
        temp_m_axis_cc_tlast_reg <= m_axis_cc_tlast_int;
        temp_m_axis_cc_tuser_reg <= m_axis_cc_tuser_int;
    end

    if (rst) begin
        m_axis_cc_tvalid_reg <= 1'b0;
        m_axis_cc_tready_int_reg <= 1'b0;
        temp_m_axis_cc_tvalid_reg <= 1'b0;
    end
end

endmodule

`resetall